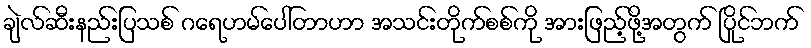
ချဲလ်ဆီးနည်းပြသစ် ဂရေဟမ်ပေါ်တာဟာ အသင်းတိုက်စစ်ကို အားဖြည့်ဖို့အတွက် ပြိုင်ဘက်